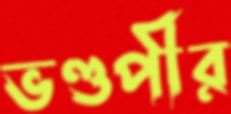
ভণ্ডপীর